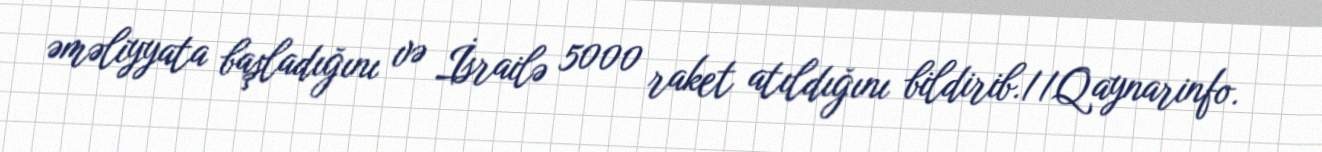
əməliyyata başladığını və İsrailə 5000 raket atıldığını bildirib.//Qaynarinfo.